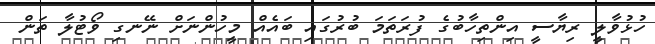
ހުޅުވާލީ ރިޔާސީ އިންތިހާބުގެ ފުރަތަމަ ބުރުގައި ބައެއް މީހުންނަށް ނޭނގި ވޯޓުލާ ތަން